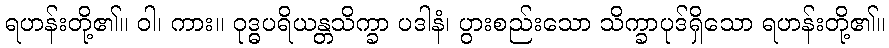
ရဟန်းတို့၏။ ဝါ၊ ကား။ ဝုဒ္ဓပရိယန္တသိက္ခာ ပဒါနံ၊ ပွားစည်းသော သိက္ခာပုဒ်ရှိသော ရဟန်းတို့၏။